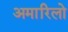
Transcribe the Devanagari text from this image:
अमारिलो